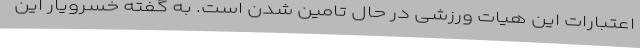
اعتبارات این هیات ورزشی در حال تامین شدن است. به گفته خسرویار این